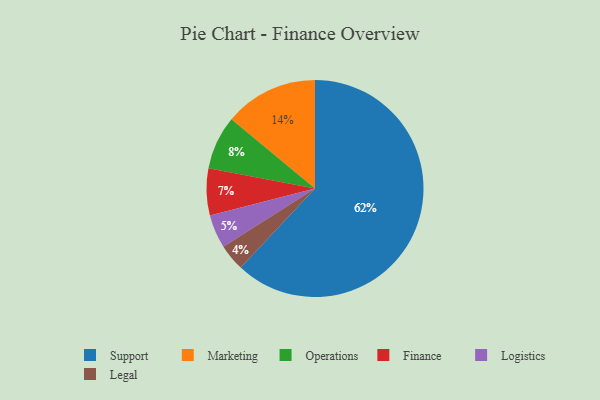
{"axis": {"x": "Category", "y": "Percentage"}, "legend": ["Finance", "Legal", "Logistics", "Marketing", "Operations", "Support"], "data": [{"x": "Marketing", "y": 14, "type": "Marketing"}, {"x": "Operations", "y": 8, "type": "Operations"}, {"x": "Legal", "y": 4, "type": "Legal"}, {"x": "Logistics", "y": 5, "type": "Logistics"}, {"x": "Finance", "y": 7, "type": "Finance"}, {"x": "Support", "y": 62, "type": "Support"}]}